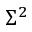
\Sigma ^ { 2 }